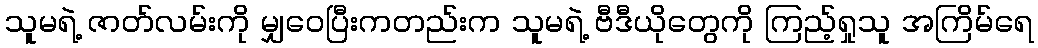
သူမရဲ့ ဇာတ်လမ်းကို မျှဝေပြီးကတည်းက သူမရဲ့ ဗီဒီယိုတွေကို ကြည့်ရှုသူ အကြိမ်ရေ